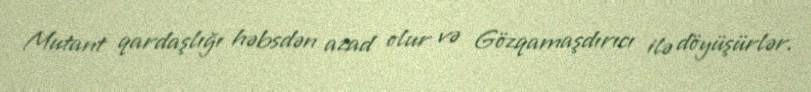
Mutant qardaşlığı həbsdən azad olur və Gözqamaşdırıcı ilə döyüşürlər.